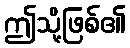
ဤသို့ဖြစ်၏